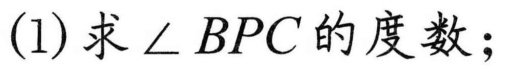
(1)求\(\angle BPC\)的度数；